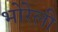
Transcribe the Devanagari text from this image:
भोरेली